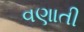
વણાતી